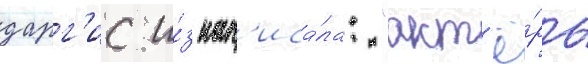
дарг'ис и́з нап'иса́ла: "акт'ё́ры